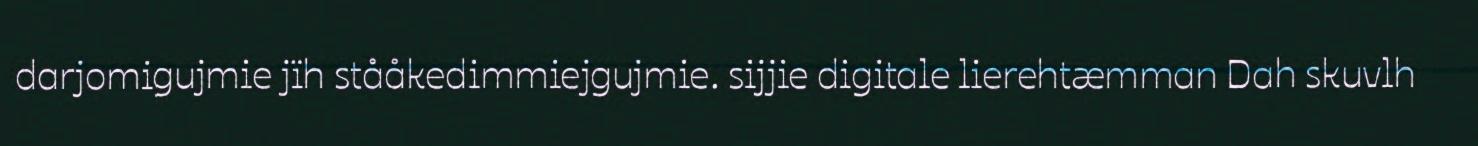
darjomigujmie jïh stååkedimmiejgujmie. sijjie digitale lierehtæmman Dah skuvlh